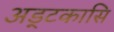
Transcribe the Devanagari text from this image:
अड्टकासि